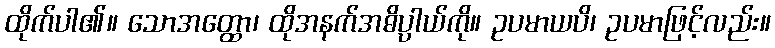
ထိုက်ပါ၏။ သောအတ္ထော၊ ထိုအနက်အဓိပ္ပာယ်ကို။ ဥပမာယပိ၊ ဥပမာဖြင့်လည်း။